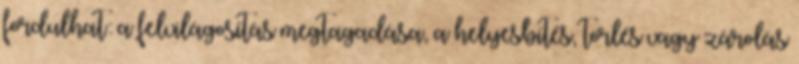
fordulhat: a felvilágosítás megtagadása, a helyesbítés, törlés vagy zárolás